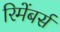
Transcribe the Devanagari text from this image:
रिमेंबर्स